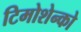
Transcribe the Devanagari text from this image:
टिमोशेन्को